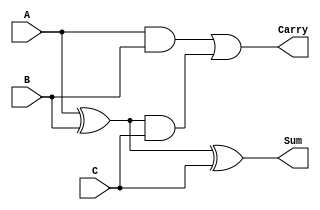
module DynamicCarrySaveAdder (
    input  [N-1:0] A, // First input
    input  [N-1:0] B, // Second input
    input  [N-1:0] C, // Third input
    output [N-1:0] Sum, // Sum output
    output [N-1:0] Carry // Carry output
);
    parameter N = 8; // Width of the inputs and outputs

    // Intermediate signals for carry and sum
    wire [N-1:0] sum_ab, carry_ab;
    wire [N-1:0] sum_abc, carry_abc;

    // First stage: Add A and B
    assign sum_ab = A ^ B; // Sum of A and B
    assign carry_ab = A & B; // Carry of A and B

    // Second stage: Add sum_ab with C
    assign Sum = sum_ab ^ C; // Final Sum output
    assign Carry = carry_ab | (sum_ab & C); // Final Carry output

endmodule